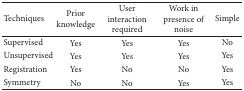
<table><thead><tr><td><b>Techniques</b></td><td><b>Prior knowledge</b></td><td><b>User interaction required</b></td><td><b>Work in presence of noise</b></td><td><b>Simple</b></td></tr></thead><tbody><tr><td>Supervised</td><td>Yes</td><td>Yes</td><td>Yes</td><td>No</td></tr><tr><td>Unsupervised</td><td>Yes</td><td>Yes</td><td>Yes</td><td>Yes</td></tr><tr><td>Registration</td><td>Yes</td><td>No</td><td>No</td><td>Yes</td></tr><tr><td>Symmetry</td><td>No</td><td>No</td><td>Yes</td><td>Yes</td></tr></tbody></table>